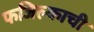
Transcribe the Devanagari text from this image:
फजिल्काची